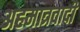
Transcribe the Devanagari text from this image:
अहमात्रवादी